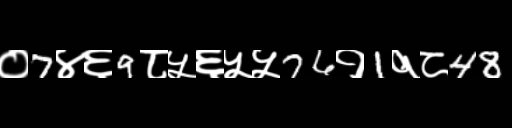
Text: ०7४६9८५६५५76१1१८48